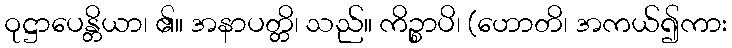
ဝုဋ္ဌာပေန္တိယာ၊ ၏။ အနာပတ္တိ၊ သည်။ ကိဉ္စာပိ၊ (ဟောတိ၊ အကယ်၍ကား